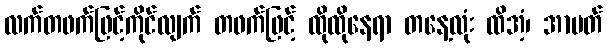
လက်တဖက်ဖြင့်ကိုင်လျက် တဖက်ဖြင့် ထိုထိုနေရာ တနေ့လုံး ထိအံ့၊ အာပတ်